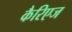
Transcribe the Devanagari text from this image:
कैरिएज